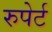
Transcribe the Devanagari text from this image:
रुपेर्ट